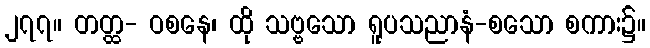
၂၇၇။ တတ္ထ- ဝစနေ၊ ထို သဗ္ဗသော ရူပသညာနံ-စသော စကား၌။